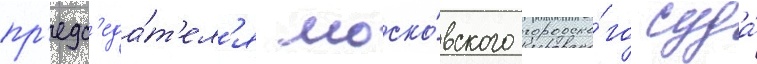
пр'едс'еда́т'ел'я моско́вского городско́го суда́